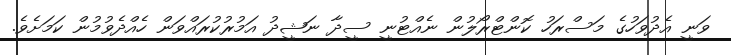
ވަނީ އެދުވަހުގެ މަސްރަހު ކޮންޓްރޯލުން ނެއްޓުނީ ސީދާ ނަޝީދު އަމުރުކުރައްވަން ހެއްދެވުމުން ކަމަށެވެ.